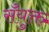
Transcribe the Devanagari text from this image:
सँयुक्त